Report on vaccination in the Province of Bengal - 1869-1873
Year: 1869
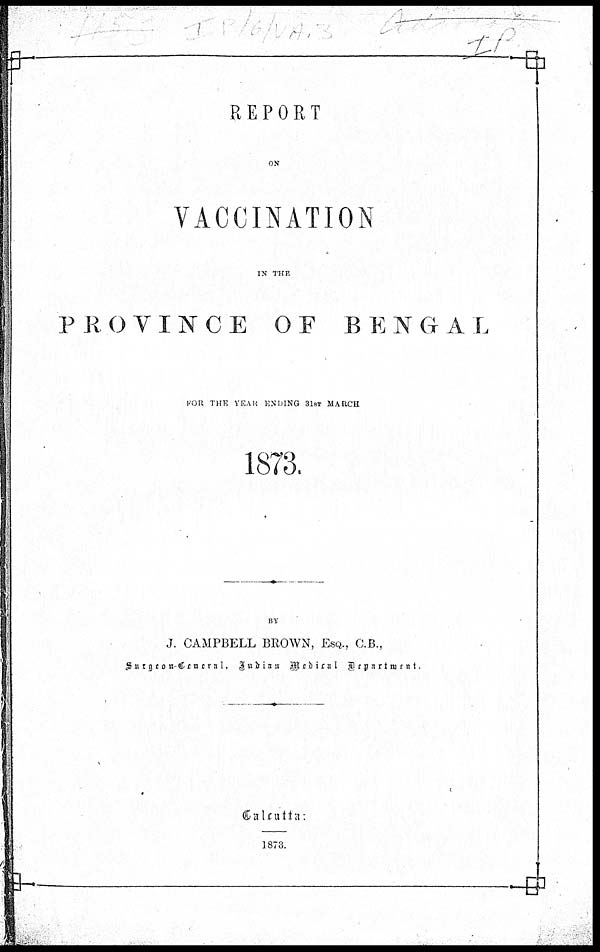
REPORT
ON
VACCINATION
IN THE
PROVINCE OF BENGAL
FOR THE YEAR ENDING 31ST MARCH
1873.
BY
J. CAMPBELL BROWN, ESQ., C.B.,
Surgeon-General, Indian Medical Department.
Calcutta:
1873.